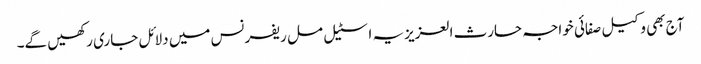
آج بھی وکیل صفائی خواجہ حارث العزیزیہ اسٹیل مل ریفرنس میں دلائل جاری رکھیں گے۔